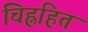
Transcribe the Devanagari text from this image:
चिह्नहित